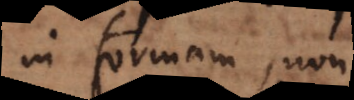
in formam, non